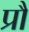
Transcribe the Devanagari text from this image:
प्रौं